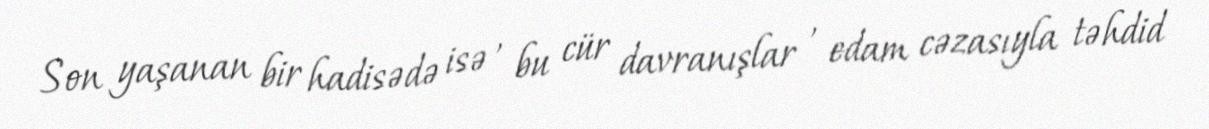
Son yaşanan bir hadisədə isə , bu cür davranışlar , edam cəzasıyla təhdid